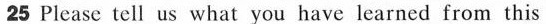
25 Please tell us what you have learned from this